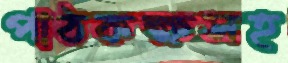
পাঠকক্ষসহ